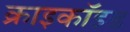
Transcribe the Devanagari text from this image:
क्राइकॉइड